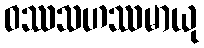
ဝဿသဟဿမာယု